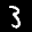
Label: 3